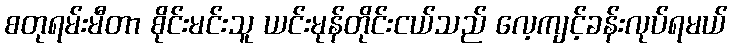
စတုရမ်းမီတာ စိုင်းမင်းသူ ယင်းမုန်တိုင်းငယ်သည် လေ့ကျင့်ခန်းလုပ်ရမယ်